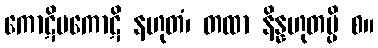
ကောဋိပကောဋိ နဟုတံ၊ တထာ နိန္နဟုတမ္ပိ စ။